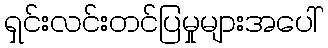
ရှင်းလင်းတင်ပြမှုများအပေါ်